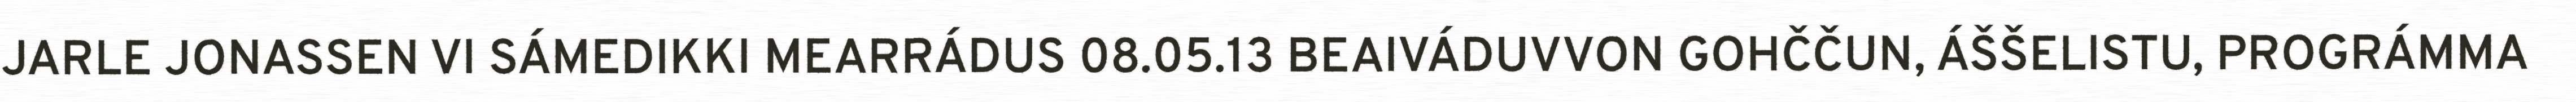
JARLE JONASSEN VI SÁMEDIKKI MEARRÁDUS 08.05.13 BEAIVÁDUVVON GOHČČUN, ÁŠŠELISTU, PROGRÁMMA